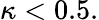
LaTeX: \kappa<0.5.